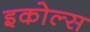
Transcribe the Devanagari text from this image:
इकोल्स